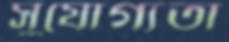
সুযোগ্যতা